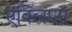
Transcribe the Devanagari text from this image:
एक्लिप्टा